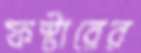
ফস্টারের